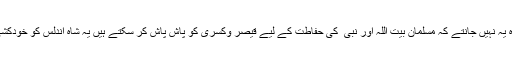
عالم کفر نے بیت اللہ پر حملہ کرکے مسلمانوں کو اکھٹا کر دیا ہے وہ یہ نہیں جانتے کہ مسلمان بیت اللہ اور نبی ۖ کی حفاطت کے لیے قیصر وکسرٰی کو پاش پاش کر سکتے ہیں یہ شاہ اندلس کو خودکشی کرنے پر مجبور کردیتے ہیں یہ سمندروں کا سینہ چیر سکتے ہیں۔